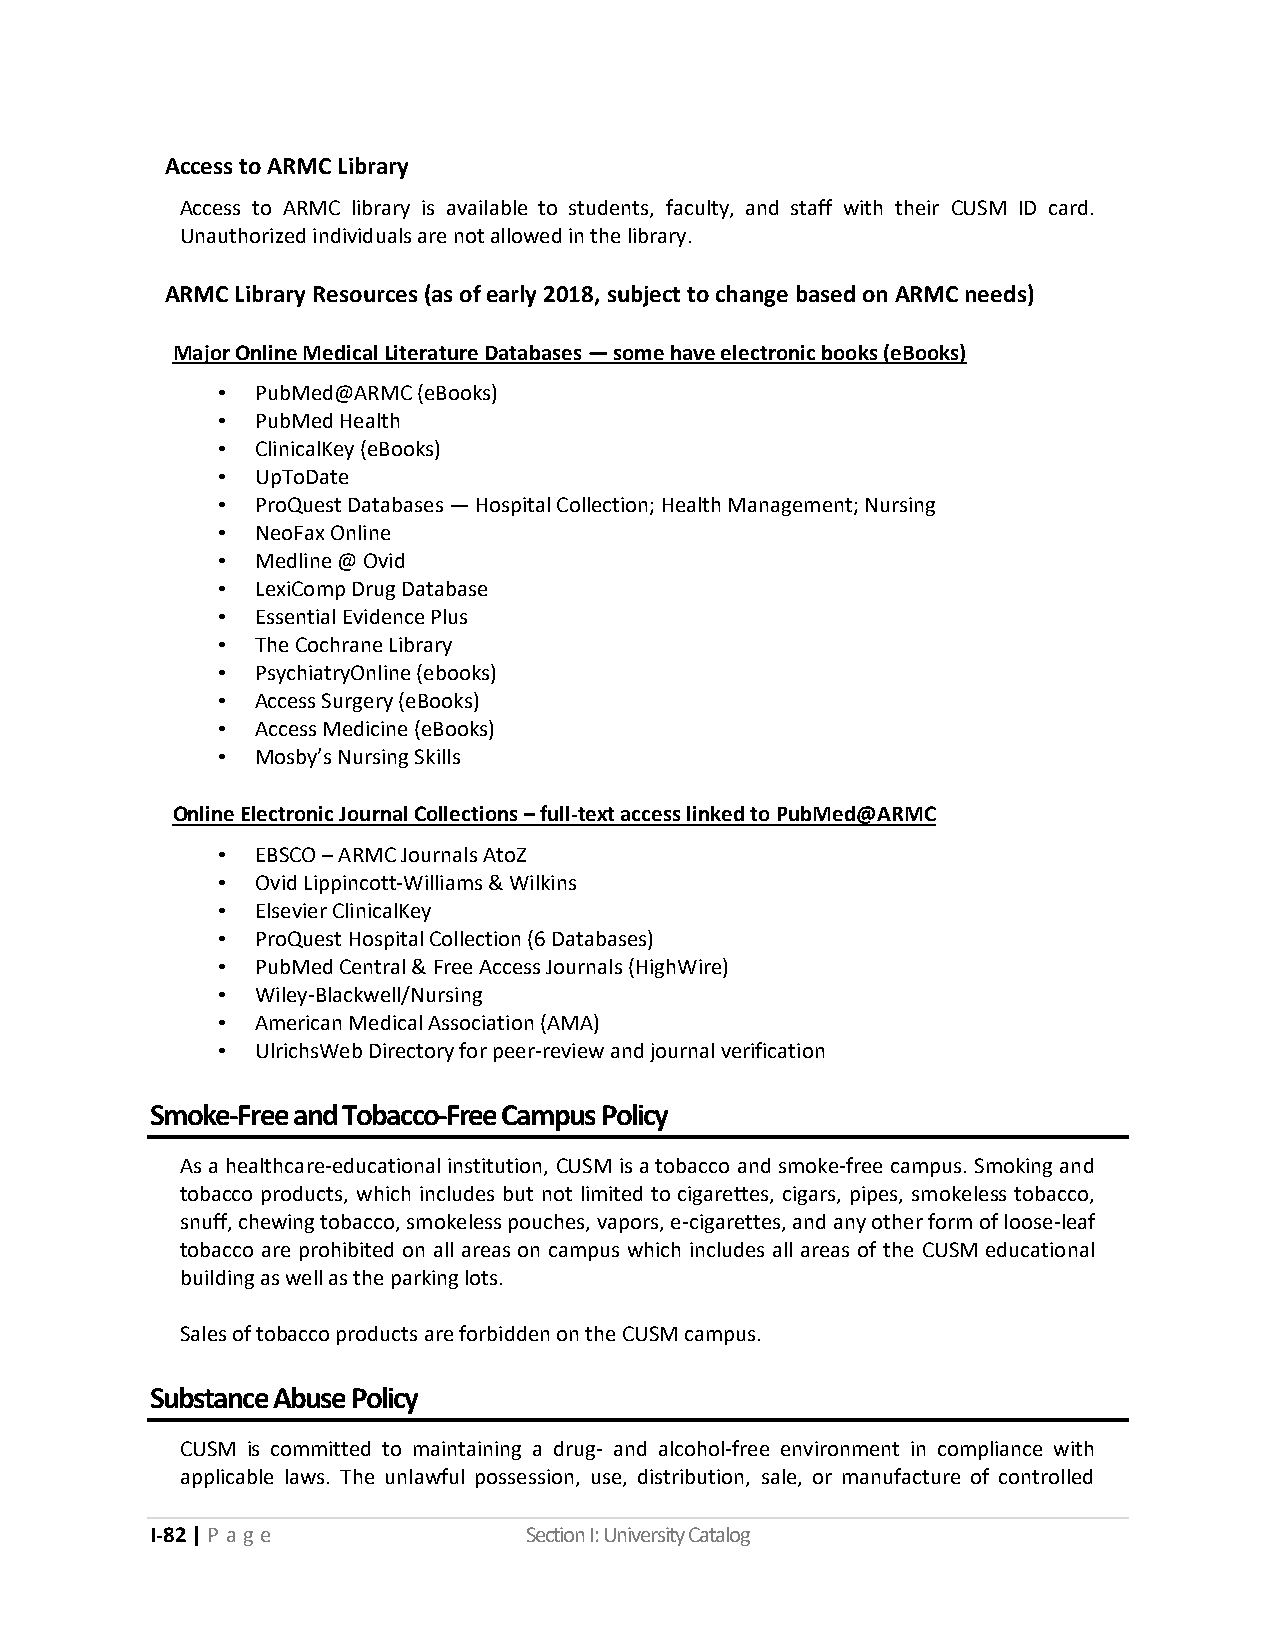
Access to ARMC Library
 Access to ARMC library is available to students, faculty, and staff with their CUSM ID card.
 Unauthorized individuals are not allowed in the library.
 ARMC Library Resources (as of early 2018, subject to change based on ARMC needs)
 Major Online Medical Literature Databases — some have electronic books (eBooks)
 •  PubMed@ARMC (eBooks)
 •  PubMed Health
 •  ClinicalKey (eBooks)
 •  UpToDate
 •  ProQuest Databases — Hospital Collection; Health Management; Nursing
 •  NeoFax Online
 •  Medline @ Ovid
 •  LexiComp Drug Database
 •  Essential Evidence Plus
 •  The Cochrane Library
 •  PsychiatryOnline (ebooks)
 •  Access Surgery (eBooks)
 •  Access Medicine (eBooks)
 •  Mosby’s Nursing Skills
 Online Electronic Journal Collections – full-text access linked to PubMed@ARMC
 •  EBSCO – ARMC Journals AtoZ
 •  Ovid Lippincott-Williams & Wilkins
 •  Elsevier ClinicalKey
 •  ProQuest Hospital Collection (6 Databases)
 •  PubMed Central & Free Access Journals (HighWire)
 •  Wiley-Blackwell/Nursing
 •  American Medical Association (AMA)
 •  UlrichsWeb Directory for peer-review and journal verification
 Smoke-Free and Tobacco-Free Campus Policy
 As a healthcare-educational institution, CUSM is a tobacco and smoke-free campus. Smoking and
 tobacco products, which includes but not limited to cigarettes, cigars, pipes, smokeless tobacco,
 snuff, chewing tobacco, smokeless pouches, vapors, e-cigarettes, and any other form of loose-leaf
 tobacco are prohibited on all areas on campus which includes all areas of the CUSM educational
 building as well as the parking lots.
 Sales of tobacco products are forbidden on the CUSM campus.
 Substance Abuse Policy
 CUSM is committed to maintaining a drug- and alcohol-free environment in compliance with
 applicable laws. The unlawful possession, use, distribution, sale, or manufacture of controlled
 I-82 | P a ge            Section I: University Catalog